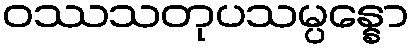
ဝဿသတုပသမ္ပန္နော